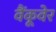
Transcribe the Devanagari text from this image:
वैंकूवेर